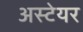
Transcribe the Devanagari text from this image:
अस्टेयर